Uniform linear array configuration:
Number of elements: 16
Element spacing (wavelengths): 0.75
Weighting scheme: kaiser
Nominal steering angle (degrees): -60
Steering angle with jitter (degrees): -58.365
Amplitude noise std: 0.05
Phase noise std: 0.05

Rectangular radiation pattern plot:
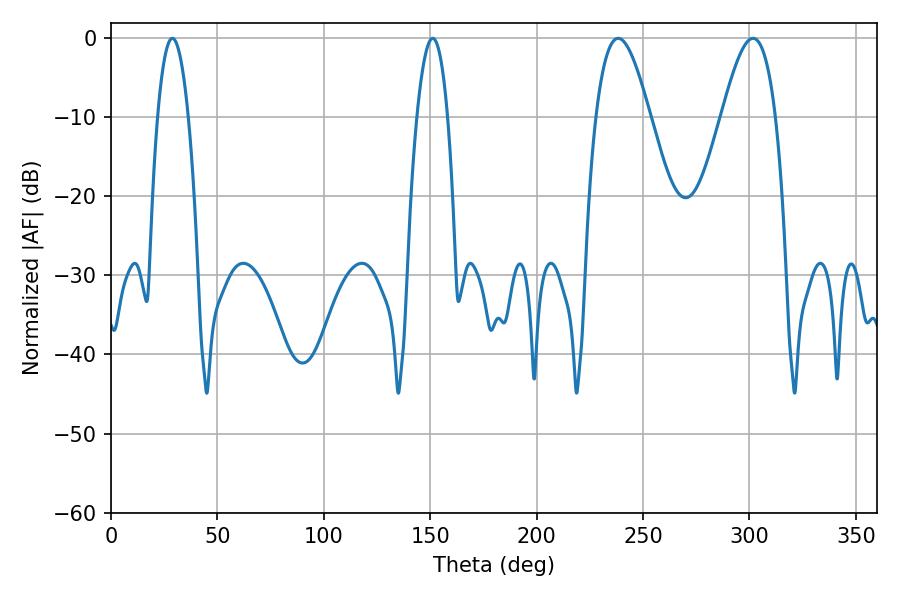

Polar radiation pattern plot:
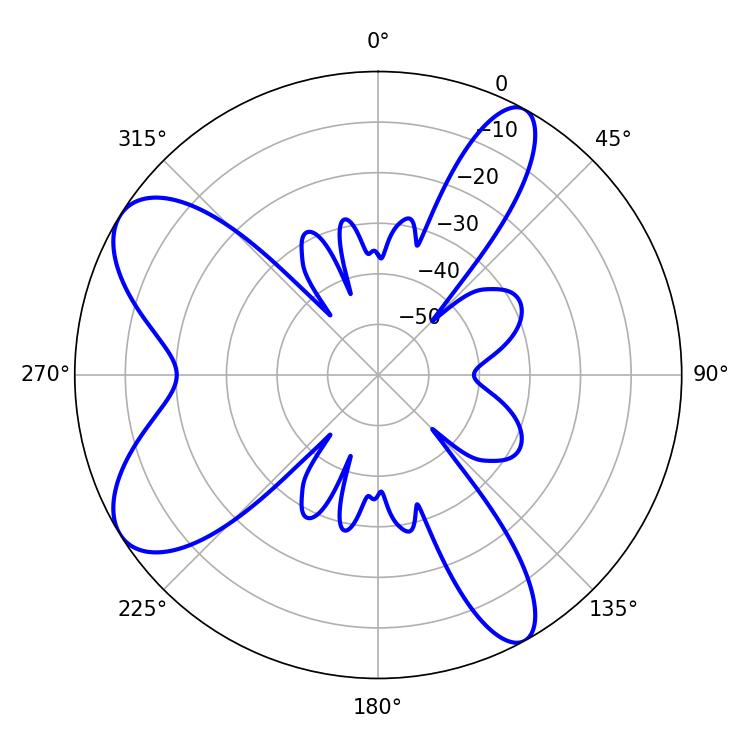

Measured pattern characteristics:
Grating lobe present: TRUE
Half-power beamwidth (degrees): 13.68
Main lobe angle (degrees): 238.32